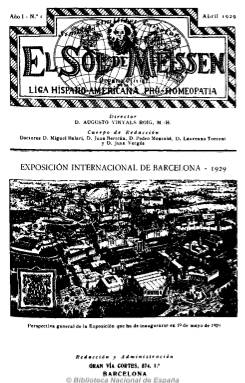
Título: El Sol de Meissen
Colección: Homeopatía
Ámbito geográfico: Barcelona
Lugar de publicación: Barcelona
Fechas: 01/04/1929-31/05/1936

El doctor Augusto Vinyals Roig (1886-1951), que participa en el Congreso Homeopático de Stuttgart del año 1928, dará a la estampa este mismo año los Anales de homeopatía, en donde da cuenta tanto del congreso citado como el de otros celebrados en otras partes mundo, publicación que es el antecedente y forma parte de esta colección de El sol de Meissen. Un año después, Vinyals participa activamente en la fundación de la Liga Hispano-Americana Pro-Homeopatía, cuyo órgano será la revista que dirigirá el propio Vinyals y que hace mención a la ciudad de nacimiento del fundador de la homeopatía, Samuel Hahnemann (1755-1843), continuando la serie de los citados Anales…

Pronto la revista, que comienza siendo trimestral, se convertirá en bimestral y seguirá apareciendo hasta que el estallido de la guerra civil, en julio de 1936, imposibilite la impresión del número que estaba ya preparado. Contiene artículos sobre historia homeopática, casos clínicos, notas terapéuticas, bibliográficas y necrológicas, una galería de médicos homeópatas, y una exhaustiva información sobre las diferentes asociaciones, actividades y congresos que se celebran durante estos años tanto en España como en el extranjero. Contiene también grabados y fotografías, así como anuncios publicitarios.

Vinyals llegará a presidir la propia liga, sucediendo a Juan Vergés Payró y Laureano Torrent Roig, y en la redacción de la revista le acompañarán, además de los citados, Miguel y Eugenio Balarí, Juan Bertrán y Pedro Montañá.